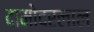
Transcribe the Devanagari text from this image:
दामोदरलाल